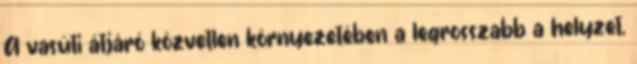
A vasúti átjáró közvetlen környezetében a legrosszabb a helyzet,